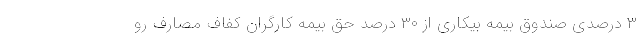
۳ درصدی صندوق بیمه بیکاری از ۳۰ درصد حق بیمه کارگران کفاف مصارف رو